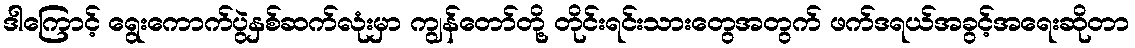
ဒါကြောင့် ရွေးကောက်ပွဲနှစ်ဆက်လုံးမှာ ကျွန်တော်တို့ တိုင်းရင်းသားတွေအတွက် ဖက်ဒရယ်အခွင့်အရေးဆိုတာ